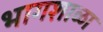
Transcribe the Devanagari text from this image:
भागशाळा